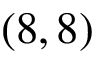
( 8 , 8 )